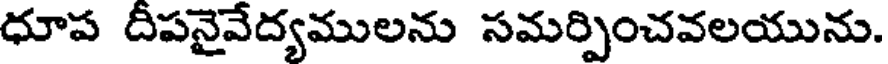
ధూప దీపనైవేద్యములను సమర్పించవలయును.